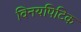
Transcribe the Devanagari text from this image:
विनयपिटिक